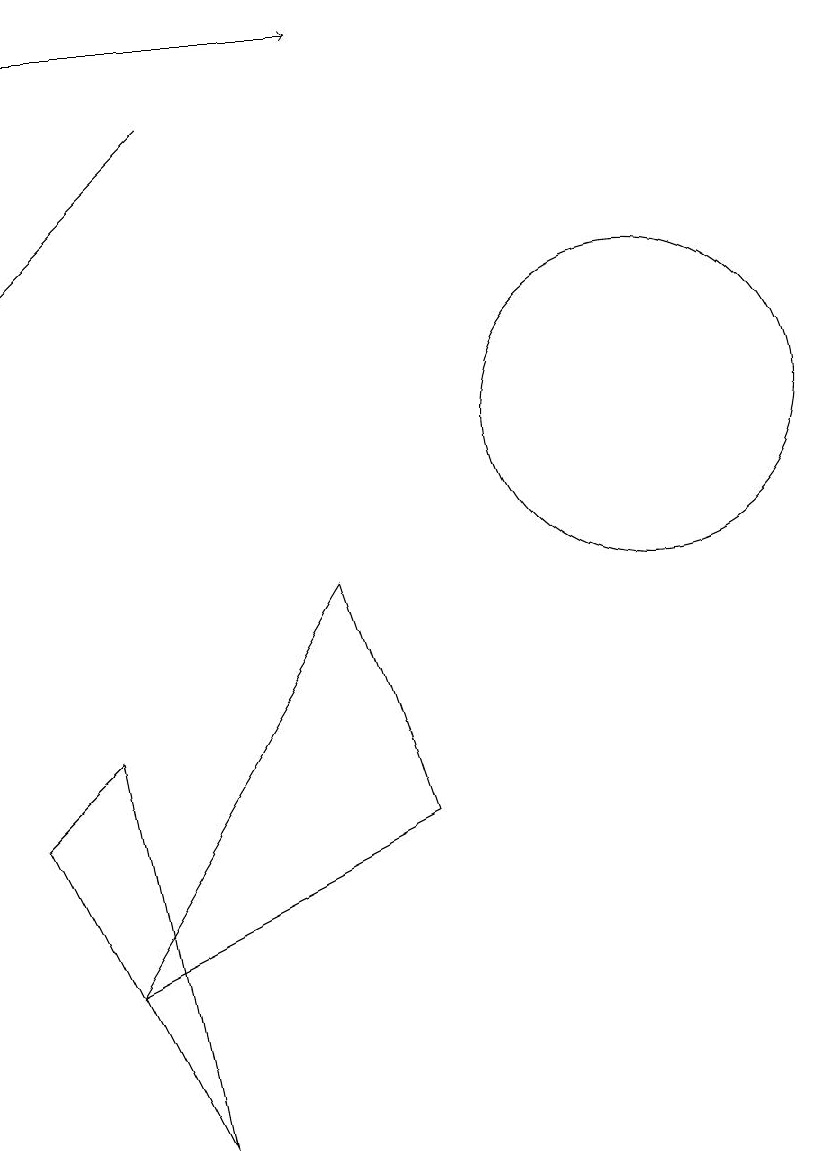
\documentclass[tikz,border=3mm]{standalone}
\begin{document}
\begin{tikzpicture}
\draw[->] (5,14) -- (3,12);
\draw (11,10) circle (2);
\draw (3,5) -- (5,1) -- (4,6) -- cycle;
\draw (8,5) -- (7,8) -- (4,3) -- cycle;
\draw[->] (3,15) -- (7,15);
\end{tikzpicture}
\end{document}